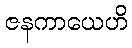
ဇနကာယေဟိ